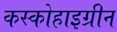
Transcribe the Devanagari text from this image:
कस्कोहाइग्रीन